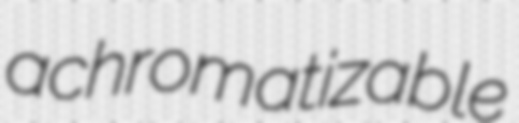
achromatizable